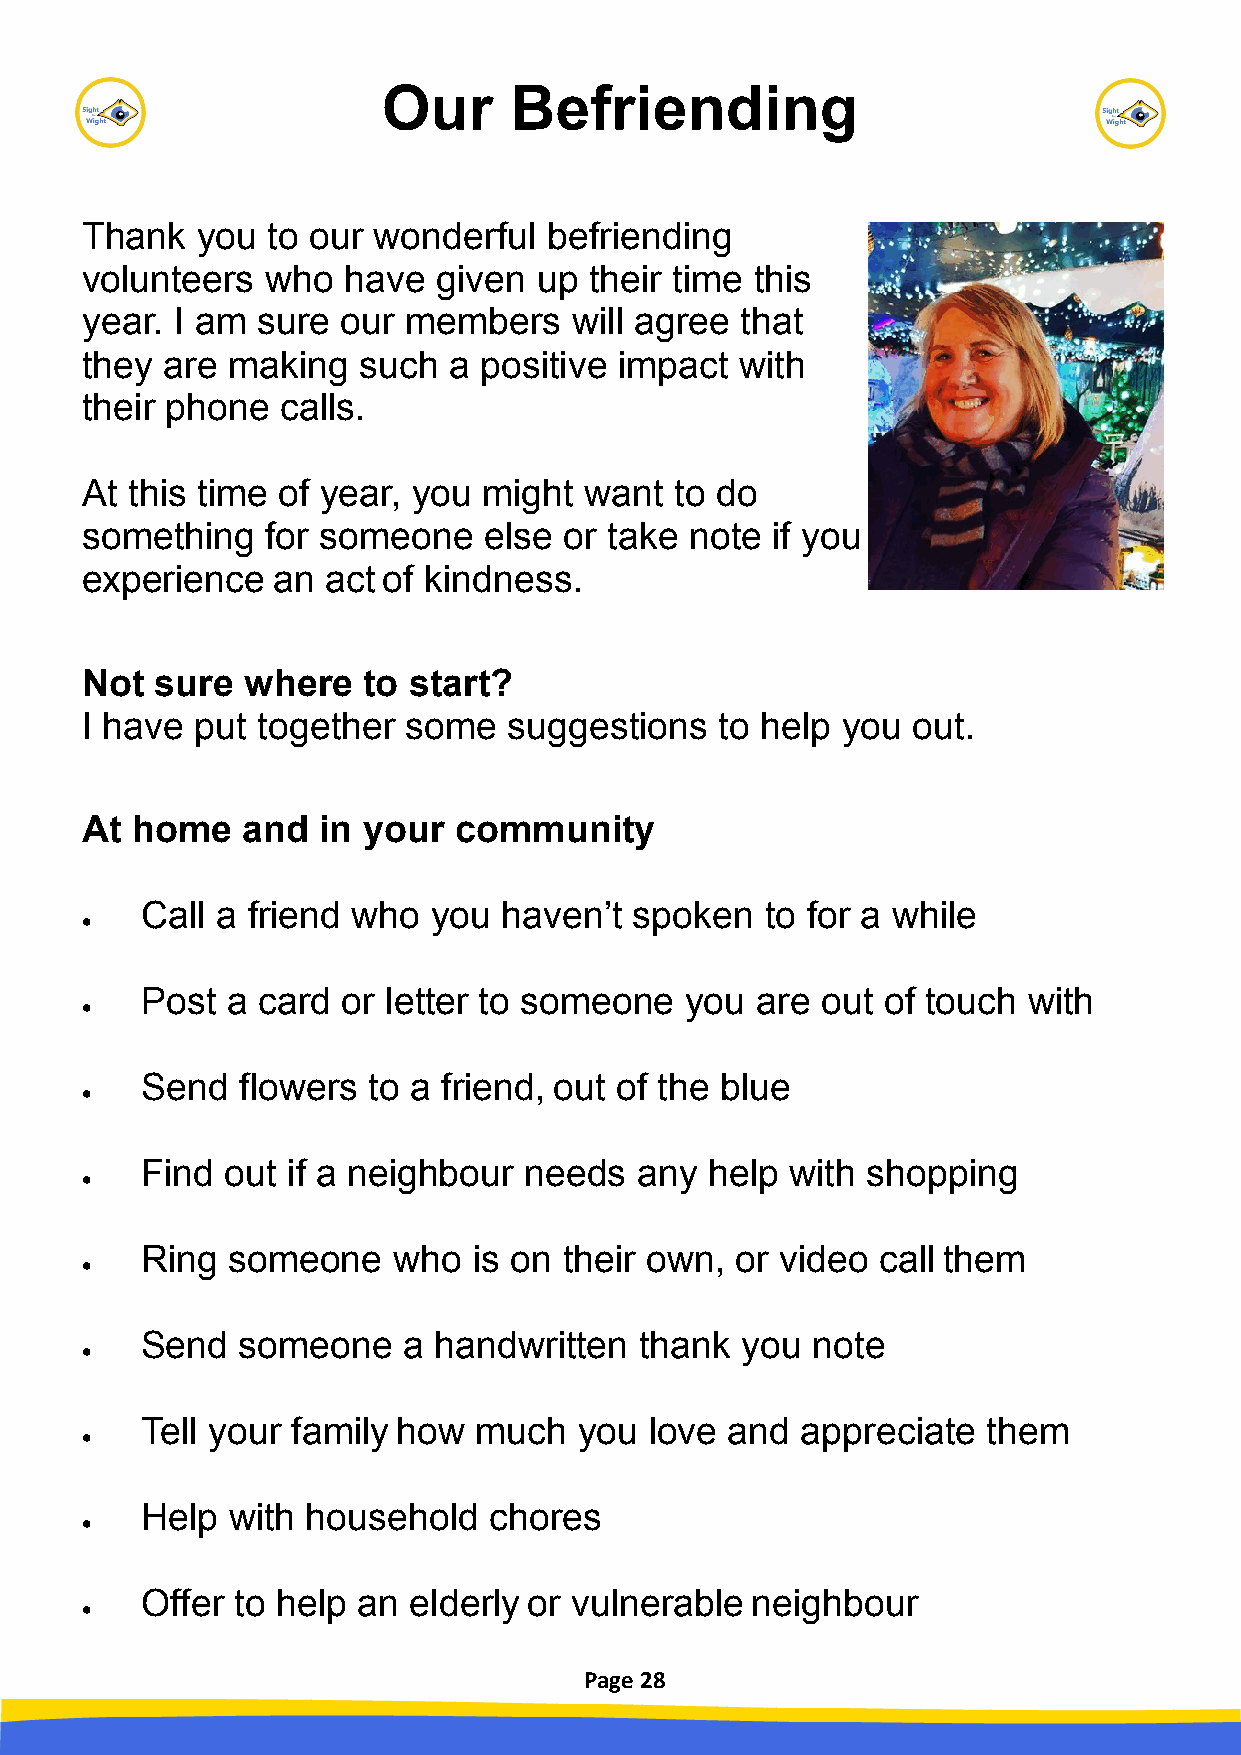
Our      Befriending
 Thank   you  to our wonderful  befriending
 volunteers   who  have  given  up their time this
 year.  I am sure  our members    will agree that
 they  are making   such  a positive impact  with
 their phone   calls.
 At this time of year, you  might  want  to do
 something    for someone   else or take  note if you
 experience   an  act of kindness.
 Not  sure  where   to start?
 I have  put together  some   suggestions   to help you out.
 At  home   and  in your  community
 Call a friend who   you haven’t  spoken   to for a while
 
 Post  a card  or letter to someone  you  are out of touch  with
 
 Send   flowers to a friend, out of the blue
 
 Find  out if a neighbour  needs  any  help with shopping
 
 Ring  someone    who  is on their own,  or video call them
 
 Send   someone    a handwritten  thank  you  note
 
 Tell your family how  much   you  love and  appreciate  them
 
 Help  with household   chores
 
 Offer  to help an elderly or vulnerable  neighbour
 
 Page 28